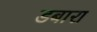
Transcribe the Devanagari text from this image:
डबारा